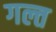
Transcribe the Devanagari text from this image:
गल्त